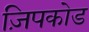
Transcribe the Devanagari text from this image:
ज़िपकोड